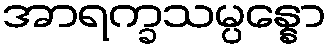
အာရက္ခသမ္ပန္နော